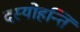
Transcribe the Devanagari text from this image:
दस्योहन्ति